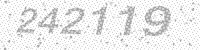
Solution: 242119